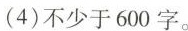
(4)不少于600字。